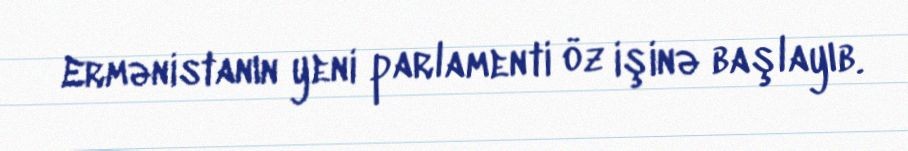
Ermənistanın yeni parlamenti öz işinə başlayıb.